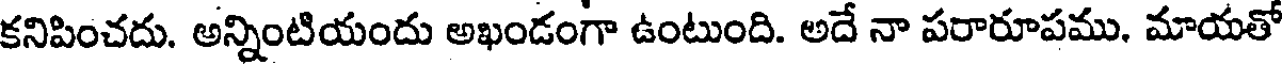
కనిపించదు. అన్నింటియందు అఖండంగా ఉంటుంది. అదే నా పరారూపము, మాయతో